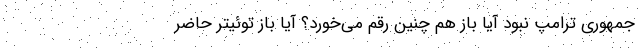
جمهوری ترامپ نبود آیا باز هم چنین رقم می‌خورد؟ آیا باز توئیتر حاضر